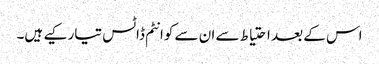
اس کے بعد احتیاط سے ان سے کوانٹم ڈاٹس تیار کیے ہیں۔